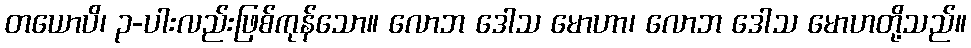
တယောပိ၊ ၃-ပါးလည်းဖြစ်ကုန်သော။ လောဘ ဒေါသ မောဟာ၊ လောဘ ဒေါသ မောဟတို့သည်။